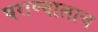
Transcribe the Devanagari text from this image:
घराण्यालाच